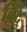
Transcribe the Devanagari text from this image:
बिँदु